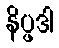
နိပ္ဖဒါ